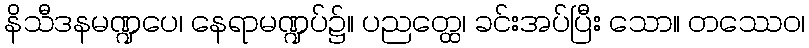
နိသီဒနမဏ္ဍပေ၊ နေရာမဏ္ဍပ်၌။ ပညတ္ထေ၊ ခင်းအပ်ပြီး သော။ တဿေဝ၊